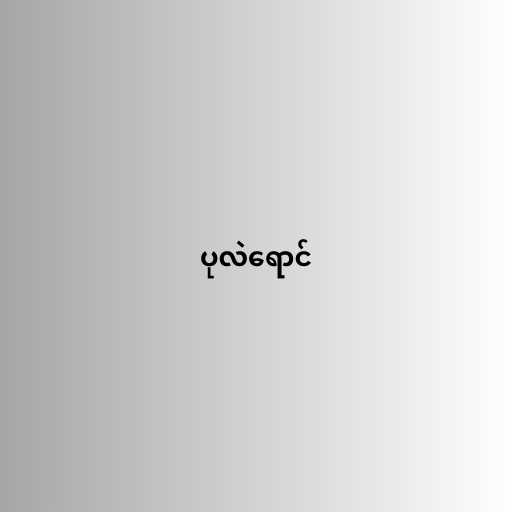
ပုလဲရောင်